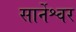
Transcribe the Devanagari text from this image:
सार्नेश्वर